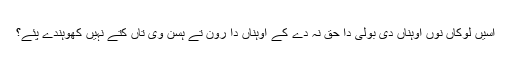
اسیں لوکاں نُوں اوہناں دی بولی دا حق نہ دے کے اوہناں دا رون تے ہسن وی تاں کِتے نہیں کھوہندے پئے؟